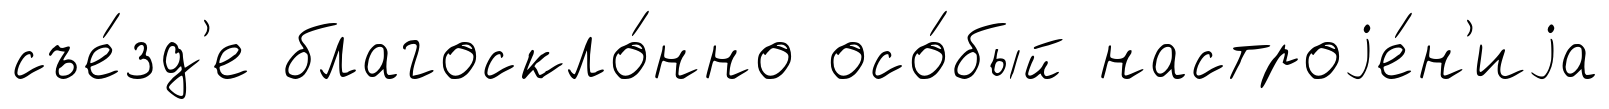
съе́зд'е благоскло́нно осо́бый настроjе́н'иjа